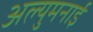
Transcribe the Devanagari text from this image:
अल्युमनाई